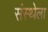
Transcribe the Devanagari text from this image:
संस्‍थ्‍ोला